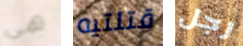
هي قتلتيه رجل